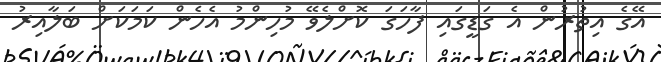
އޭގެ އިތުރުން އެ ގަޑީގައި ފާހަގަ ކޮށްލެވޭ މުހިންމު އެހެން ކަމަކަށް ބަލާއިރު